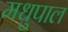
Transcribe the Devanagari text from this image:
मधुपाल